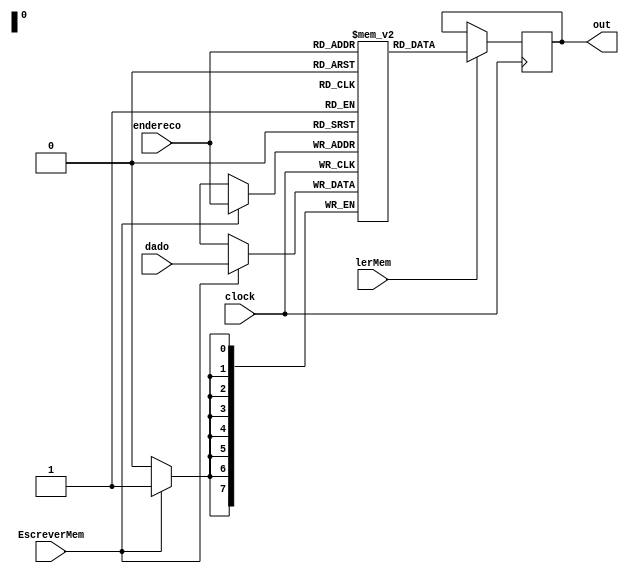
module bancoMem(
input wire clock,
  input wire [7:0] endereco,
  input wire [7:0] dado,
  output wire [7:0] out,
  input lerMem,
  input EscreverMem
);

  reg[7:0] memoria [255:0];
  reg[7:0] lido;
  
  always @(posedge clock)
    begin
      if(EscreverMem) begin
        memoria[endereco] = dado;
      end
  end
  
  always @(negedge clock)
    begin
      if(lerMem) begin
      lido = memoria[endereco];
      end
   end
   
    assign out = lido;
endmodule